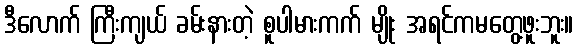
ဒီလောက် ကြီးကျယ် ခမ်းနားတဲ့ စူပါမားကက် မျိုး အရင်ကမတွေ့ဖူးဘူး။